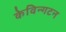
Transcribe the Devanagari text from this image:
केविन्गटन